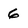
Character: 6